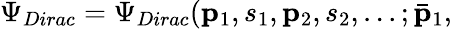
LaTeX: \Psi_{Dirac}=\Psi_{Dirac}({\mathbf p}_{1},s_{1},{\mathbf p}_{2},s_{2},...;\bar{{\mathbf p}}_{1},